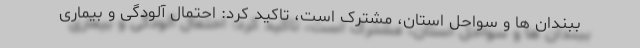
ببندان ها و سواحل استان، مشترک است، تاکید کرد: احتمال آلودگی و بیماری